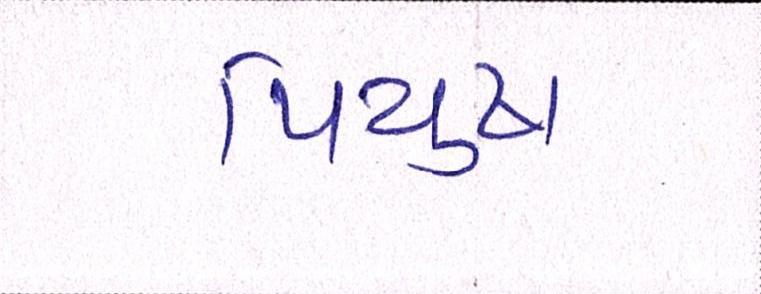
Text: પિયુષ